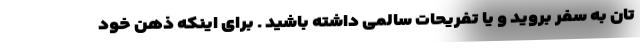
تان به سفر بروید و یا تفریحات سالمی داشته باشید . برای اینکه ذهن خود